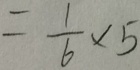
= \frac { 1 } { 6 } \times 5